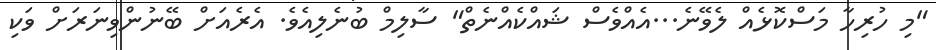
"މި ހުރިހާ މަސްކޮޅެއް ލެވޭނެ...އެއްވެސް ޝައްކެއްނެތް" ސާލިމް ބުނެލިއެވެ. އެރެއަށް ބޭނުންވިނަރަށް ވަކި